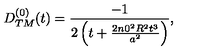
\begin{array} { c } { D _ { T M } ^ { ( 0 ) } ( t ) = \displaystyle { \frac { - 1 } { 2 \left( t + \frac { 2 { n 0 } ^ { 2 } R ^ { 2 } t ^ { 3 } } { a ^ { 2 } } \right) } } , } \\ \end{array}